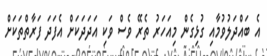
އެ ބައްދަލުވުމާއި ގުޅިގެން މިއަހަރު ތެރޭ ވެސް ވަކި އަދަދަކަށް އެފަދަ ފަރާތްތަކަށް